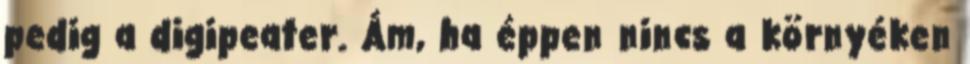
pedig a digipeater. Ám, ha éppen nincs a környéken